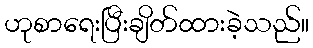
ဟုစာရေးပြီးချိတ်ထားခဲ့သည်။